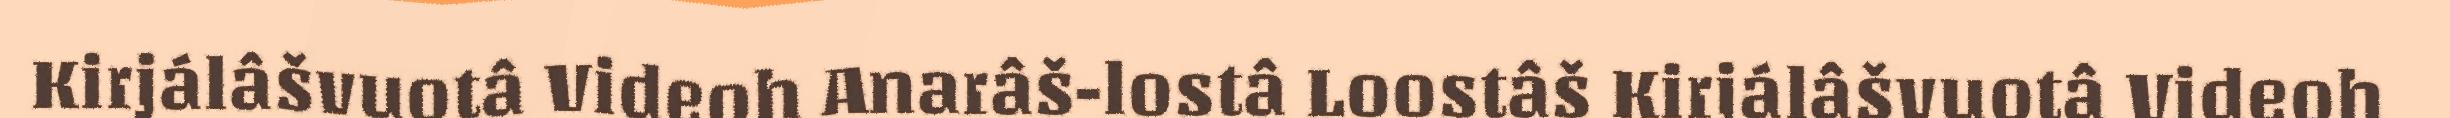
Kirjálâšvuotâ Videoh Anarâš-lostâ Loostâš Kirjálâšvuotâ Videoh